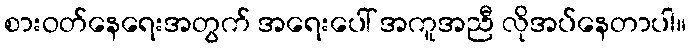
စားဝတ်နေရေးအတွက် အရေးပေါ် အကူအညီ လိုအပ်နေတာပါ။